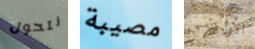
نتحول مصيبة الأراضي